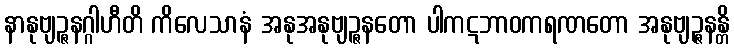
နာနုဗျဉ္ဇနဂ္ဂါဟီတိ ကိလေသာနံ အနုအနုဗျဉ္ဇနတော ပါကဋဘာဝကရဏတော အနုဗျဉ္ဇနန္တိ